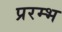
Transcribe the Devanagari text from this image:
प्ररम्भ